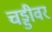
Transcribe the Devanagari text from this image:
चड्डीवर